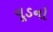
વૂડનો